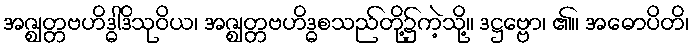
အဇ္ဈတ္တဗဟိဒ္ဓါဒိသုဝိယ၊ အဇ္ဈတ္တဗဟိဒ္ဓစသည်တို့၌ကဲ့သို့။ ဒဋ္ဌဗ္ဗော၊ ၏။ အဓောပိတိ၊